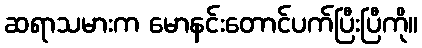
ဆရာသမားက မောနင်းတောင်ပက်ပြီးပြီကို။